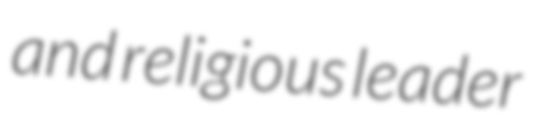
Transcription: and religious leader